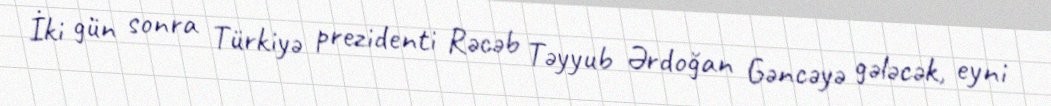
İki gün sonra Türkiyə prezidenti Rəcəb Təyyub Ərdoğan Gəncəyə gələcək, eyni